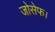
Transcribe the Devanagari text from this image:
जोसेफ।